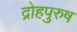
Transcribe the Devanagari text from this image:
द्रोहपुरुष